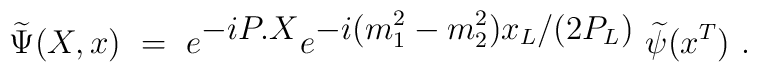
\widetilde \Psi (X,x)\ =\ e^{{\displaystyle -iP.X}} e^{{\displaystyle-i(m_1^2-m_2^2)x_L/(2P_L)}}\ \widetilde \psi(x^T)\ .